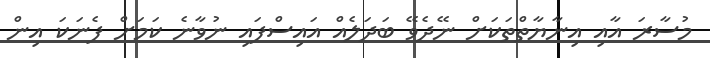
މުސާރަ އާއި އިނާޔާތްތަކަށް ނޭދެވޭ ބަދަލެއް އައިސްފައި ނުވާނެ ކަމަށް ފެނަކަ އިން